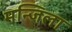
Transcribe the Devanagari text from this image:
मन्जिला